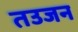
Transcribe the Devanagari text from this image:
तउजन